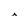
Character: i